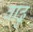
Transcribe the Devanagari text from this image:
वाढु